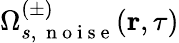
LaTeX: \Omega_{s,\, \mathrm{~n~o~i~s~e~}}^{(\pm)}(\textbf{r},\tau)